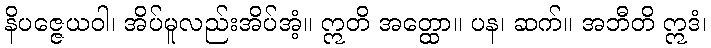
နိပဇ္ဇေယဝါ၊ အိပ်မူလည်းအိပ်အံ့။ ဣတိ အတ္ထော။ ပန၊ ဆက်။ အဘီတိ ဣဒံ၊